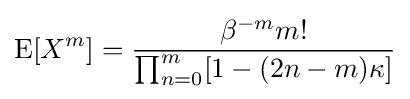
\operatorname {E} [X^{m}]={\frac {\beta ^{-m}m!}{\prod _{n=0}^{m}[1-(2n-m)\kappa ]}}